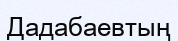
Дадабаевтың